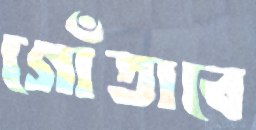
গোঁতাবে